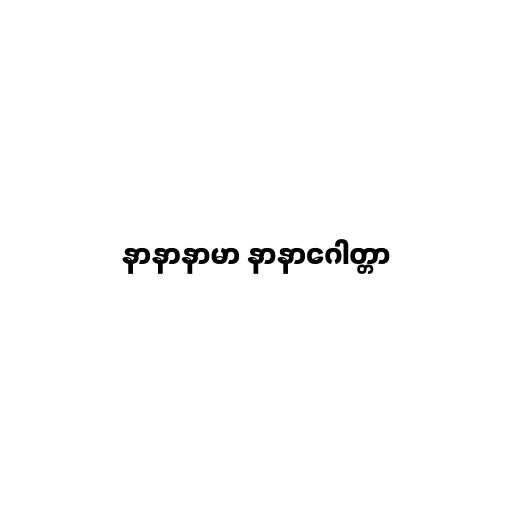
နာနာနာမာ နာနာဂေါတ္တာ